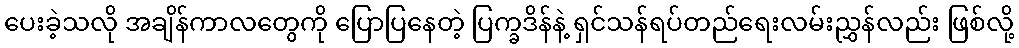
ပေးခဲ့သလို အချိန်ကာလတွေကို ပြောပြနေတဲ့ ပြက္ခဒိန်နဲ့ ရှင်သန်ရပ်တည်ရေးလမ်းညွှန်လည်း ဖြစ်လို့